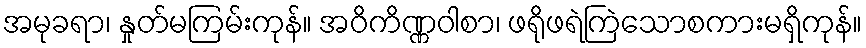
အမုခရာ၊ နှုတ်မကြမ်းကုန်။ အဝိကိဏ္ဏဝါစာ၊ ဖရိုဖရဲကြဲသောစကားမရှိကုန်။